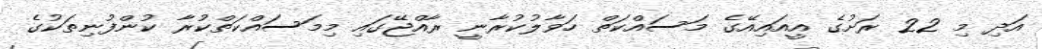
އަދި މި 22 ރަށުގެ އީއައިއޭގެ މަސައްކަތް ހަވާލުކުރާނީ ރާއްޖޭގައި މިމަސައްކަތްކުރާ ކުންފުނިތަކުގެ